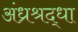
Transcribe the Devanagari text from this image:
अंध्रश्रद्धा